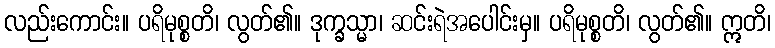
လည်းကောင်း။ ပရိမုစ္စတိ၊ လွတ်၏။ ဒုက္ခသ္မာ၊ ဆင်းရဲအပေါင်းမှ။ ပရိမုစ္စတိ၊ လွတ်၏။ ဣတိ၊